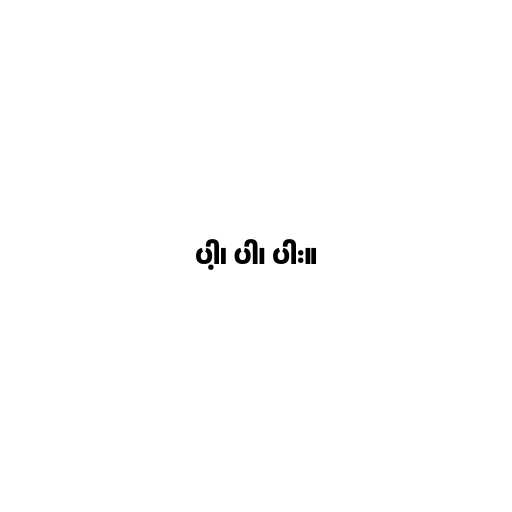
ပါ့၊ ပါ၊ ပါး။